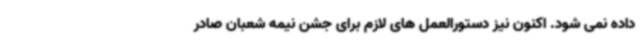
داده نمی شود. اکنون نیز دستورالعمل های لازم برای جشن نیمه شعبان صادر